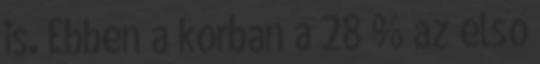
is. Ebben a korban a 28 % az első